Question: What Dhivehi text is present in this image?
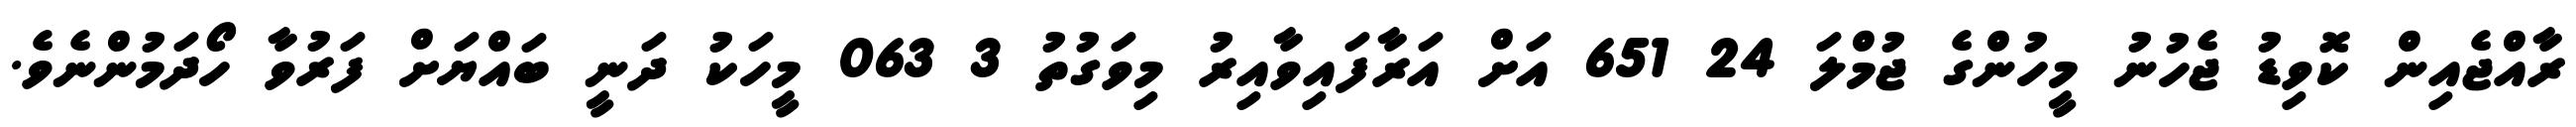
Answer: ރާއްޖެއިން ކޮވިޑު ޖެހުނު މީހުންގެ ޖުމްލަ 24 651 އަށް އަރާފައިވާއިރު މިވަގުތު 3 063 މީހަކު ދަނީ ބައްޔަށް ފަރުވާ ހޯދަމުންނެވެ.